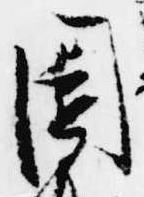
園